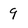
Character: 9